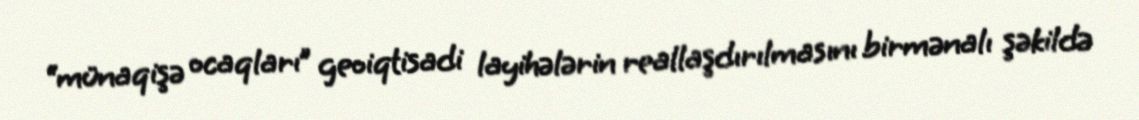
“münaqişə ocaqları” geoiqtisadi layihələrin reallaşdırılmasını birmənalı şəkildə